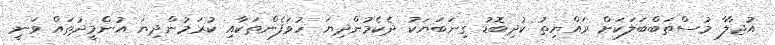
އުޖާލާ މުސްތަބްބަލަކަށް ރައްޔިތު ކުދިބޮޑު ގިނަބަޔަކު ދެކެމުންދިޔަ ހުވަފެންތަކާއި ކުރަމުންދިޔަ އުންމީދުތައް ވަނީ